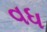
વધ